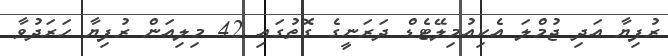
ރުފިޔާ އަދި ޖުމްލަ އެކިއުމިލޭޓެޑް ދަރަނީގެ ގޮތުގައި 42 މިލިއަން ރުފިޔާ ހަރަދުވާ